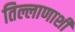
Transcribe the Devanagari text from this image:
तिल्लाणाशी